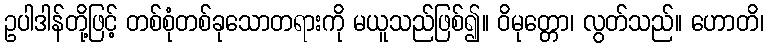
ဥပါဒါန်တို့ဖြင့် တစ်စုံတစ်ခုသောတရားကို မယူသည်ဖြစ်၍။ ဝိမုတ္တော၊ လွတ်သည်။ ဟောတိ၊